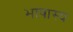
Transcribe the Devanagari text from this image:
भाषास्य